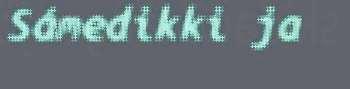
Sámedikki ja